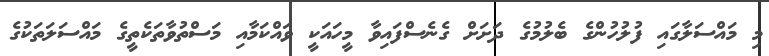
މި މައްސަލާގައި ފުލުހުންގެ ބެލުމުގެ ދަަށަށް ގެނެސްފައިވާ މީހައަކީ ވައްކަމާއި މަސްތުވާތަކެތީގެ މައްސަލަތަކުގެ